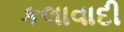
કલાવાદી